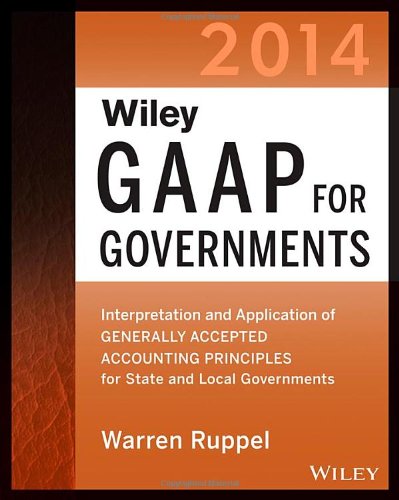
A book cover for Wiley GAAP for Governments 2014: Interpretation and Application of Generally Accepted Accounting Principles for State and Local Governments (Wiley ... of GAAP for State & Local Governments); Warren Ruppel; Business & Money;